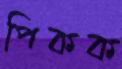
পিকক